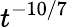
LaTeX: t^{-10/7}